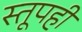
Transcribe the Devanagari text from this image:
स्तूपही